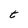
Character: t